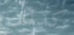
كذلك